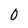
Character: 0